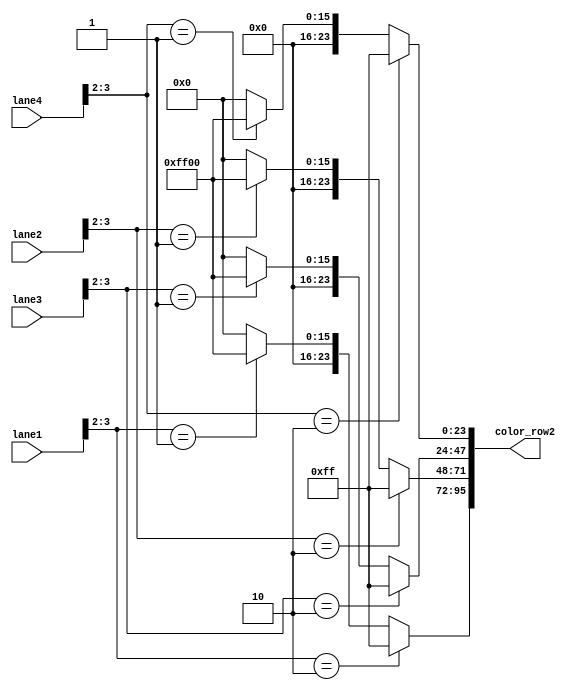
/*
   This file was generated automatically by the Mojo IDE version B1.3.6.
   Do not edit this file directly. Instead edit the original Lucid source.
   This is a temporary file and any changes made to it will be destroyed.
*/

module ledrow2map_40 (
    input [9:0] lane1,
    input [9:0] lane2,
    input [9:0] lane3,
    input [9:0] lane4,
    output reg [95:0] color_row2
  );
  
  
  
  reg [1:0] temp_r0;
  
  reg [1:0] temp_r1;
  
  reg [1:0] temp_r2;
  
  reg [1:0] temp_r3;
  
  reg [23:0] color_cell0;
  
  reg [23:0] color_cell1;
  
  reg [23:0] color_cell2;
  
  reg [23:0] color_cell3;
  
  always @* begin
    color_cell0 = 24'h000000;
    color_cell1 = 24'h000000;
    color_cell2 = 24'h000000;
    color_cell3 = 24'h000000;
    temp_r0 = lane1[2+1-:2];
    temp_r1 = lane2[2+1-:2];
    temp_r2 = lane3[2+1-:2];
    temp_r3 = lane4[2+1-:2];
    if (temp_r0 == 2'h0) begin
      color_cell0 = 24'h000000;
    end
    if (temp_r0 == 2'h1) begin
      color_cell0 = 24'h00ff00;
    end
    if (temp_r0 == 2'h2) begin
      color_cell0 = 24'h0000ff;
    end
    if (temp_r1 == 2'h0) begin
      color_cell1 = 24'h000000;
    end
    if (temp_r1 == 2'h1) begin
      color_cell1 = 24'h00ff00;
    end
    if (temp_r1 == 2'h2) begin
      color_cell1 = 24'h0000ff;
    end
    if (temp_r2 == 2'h0) begin
      color_cell2 = 24'h000000;
    end
    if (temp_r2 == 2'h1) begin
      color_cell2 = 24'h00ff00;
    end
    if (temp_r2 == 2'h2) begin
      color_cell2 = 24'h0000ff;
    end
    if (temp_r3 == 2'h0) begin
      color_cell3 = 24'h000000;
    end
    if (temp_r3 == 2'h1) begin
      color_cell3 = 24'h00ff00;
    end
    if (temp_r3 == 2'h2) begin
      color_cell3 = 24'h0000ff;
    end
    color_row2 = {color_cell0, color_cell1, color_cell2, color_cell3};
  end
endmodule